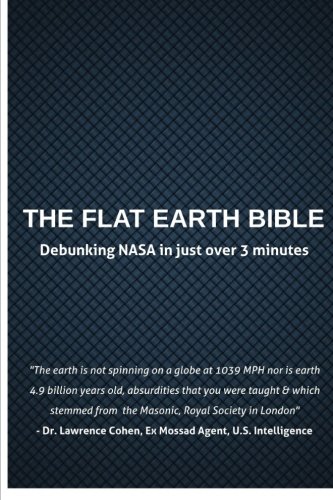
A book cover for The Flat Earth Bible: 2016 Edition; Brett Salisbury; Biographies & Memoirs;